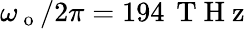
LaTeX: \omega_{\mathrm{~o~}}/2\pi=194\, \mathrm{~T~H~z~}